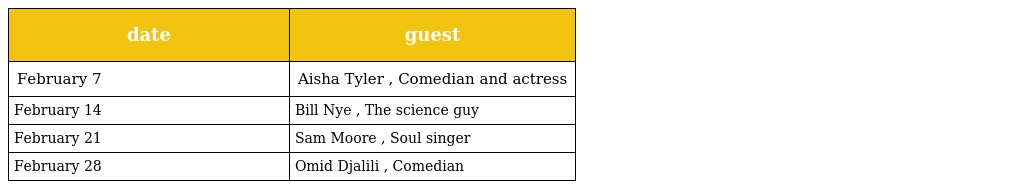
| date | guest |
 | --- | --- |
 | February 7 | Aisha Tyler , Comedian and actress |
 | February 14 | Bill Nye , The science guy |
 | February 21 | Sam Moore , Soul singer |
 | February 28 | Omid Djalili , Comedian |